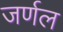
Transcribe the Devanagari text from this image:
जर्णल